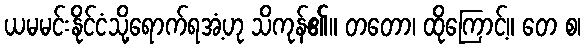
ယမမင်းနိုင်ငံသို့ရောက်ရအံ့ဟု သိကုန်၏။ တတော၊ ထိုကြောင့်။ တေ စ၊